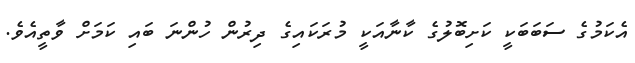
އެކަމުގެ ސަބަބަކީ ކަށިބޮލުގެ ކާނާއަކީ މުރަކައިގެ ދިރުން ހުންނަ ބައި ކަމަށް ވާތީއެވެ.